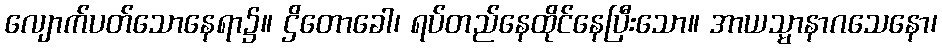
လျောက်ပတ်သောနေရာ၌။ ဌိတောခေါ၊ ရပ်တည်နေထိုင်နေပြီးသော။ အာယသ္မာနာဂသေနော၊